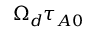
\Omega _ { d } \tau _ { A 0 }